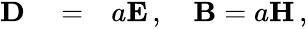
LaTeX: \begin{array}{rlr}{{\mathbf D}}&{{}=}&{a{\mathbf E}\, ,\quad{\mathbf B}=a{\mathbf H}\, ,}\end{array}